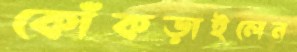
কোঁকড়াইলেন